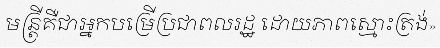
មន្ត្រីគឺជាអ្នកបម្រើប្រជាពលរដ្ឋ ដោយភាពស្មោះត្រង់»